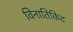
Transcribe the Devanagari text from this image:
विनातिकिट